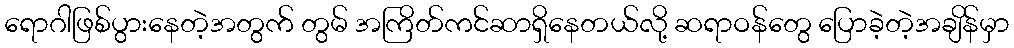
ရောဂါဖြစ်ပွားနေတဲ့အတွက် တွမ် အကြိတ်ကင်ဆာရှိနေတယ်လို့ ဆရာဝန်တွေ ပြောခဲ့တဲ့အချိန်မှာ